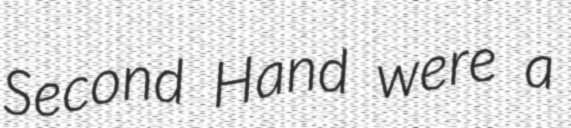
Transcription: Second Hand were a